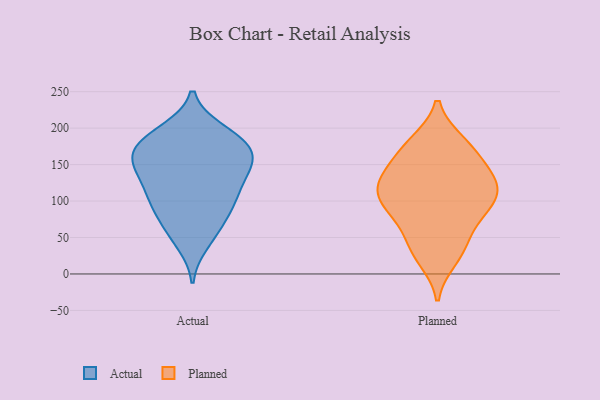
{"axis": {"x": "Energy Usage (MWh)", "y": "Value"}, "legend": ["Actual", "Planned"], "data": [{"x": "", "y": 89, "type": "Actual"}, {"x": "", "y": 108, "type": "Actual"}, {"x": "", "y": 173, "type": "Actual"}, {"x": "", "y": 193, "type": "Actual"}, {"x": "", "y": 160, "type": "Actual"}, {"x": "", "y": 166, "type": "Actual"}, {"x": "", "y": 95, "type": "Actual"}, {"x": "", "y": 145, "type": "Actual"}, {"x": "", "y": 188, "type": "Actual"}, {"x": "", "y": 196, "type": "Actual"}, {"x": "", "y": 143, "type": "Actual"}, {"x": "", "y": 144, "type": "Actual"}, {"x": "", "y": 42, "type": "Actual"}, {"x": "", "y": 115, "type": "Actual"}, {"x": "", "y": 100, "type": "Actual"}, {"x": "", "y": 58, "type": "Actual"}, {"x": "", "y": 134, "type": "Actual"}, {"x": "", "y": 178, "type": "Actual"}, {"x": "", "y": 165, "type": "Actual"}, {"x": "", "y": 67, "type": "Actual"}, {"x": "", "y": 77, "type": "Planned"}, {"x": "", "y": 180, "type": "Planned"}, {"x": "", "y": 177, "type": "Planned"}, {"x": "", "y": 142, "type": "Planned"}, {"x": "", "y": 120, "type": "Planned"}, {"x": "", "y": 104, "type": "Planned"}, {"x": "", "y": 21, "type": "Planned"}, {"x": "", "y": 144, "type": "Planned"}, {"x": "", "y": 89, "type": "Planned"}, {"x": "", "y": 82, "type": "Planned"}, {"x": "", "y": 111, "type": "Planned"}, {"x": "", "y": 42, "type": "Planned"}, {"x": "", "y": 35, "type": "Planned"}, {"x": "", "y": 119, "type": "Planned"}, {"x": "", "y": 169, "type": "Planned"}, {"x": "", "y": 122, "type": "Planned"}]}